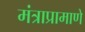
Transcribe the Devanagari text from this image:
मंत्राप्रामाणे